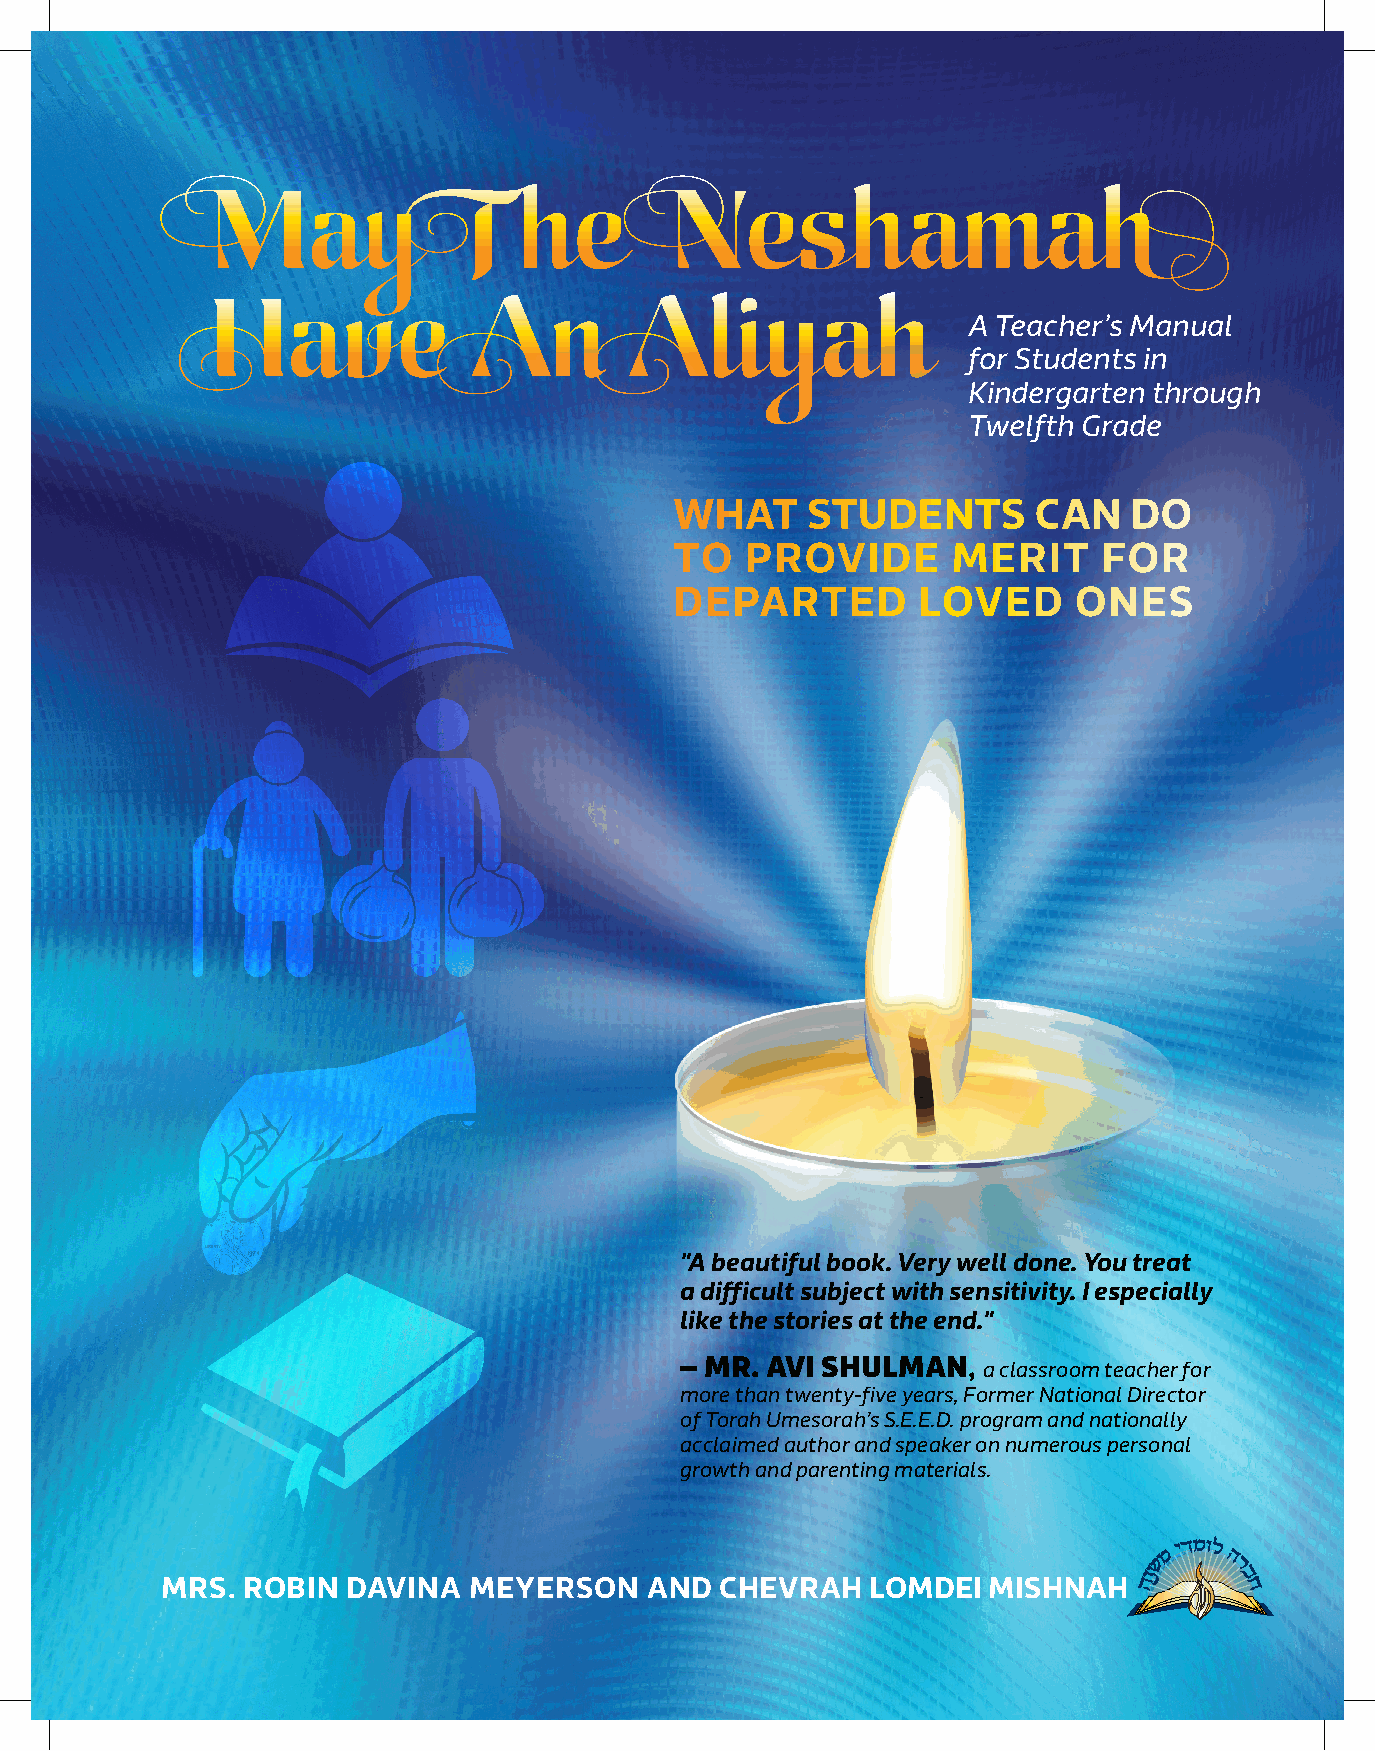
May              The           Neshamah
 A Teacher’s Manual
 for Students in
 Have             An         Aliyah
 Kindergarten through
 Twelfth Grade
 What    stuDents       Can    Do
 to  ProviDe       Merit     for
 DeParteD        LoveD     ones
 "A beautiful book. Very well done. You treat
 a difficult subject with sensitivity. I especially
 like the stories at the end."
 – Mr. Avi ShulMAn,  a classroom teacher for
 more than twenty-five years, Former National Director
 of Torah Umesorah’s S.E.E.D. program and nationally
 acclaimed author and speaker on numerous personal
 growth and parenting materials.
 Mrs. robin  Davina  Meyerson    anD  Chevrah  LoMDei  Mishnah